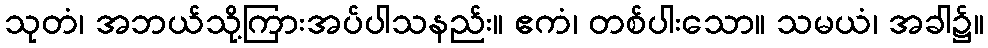
သုတံ၊ အဘယ်သို့ကြားအပ်ပါသနည်း။ ဧကံ၊ တစ်ပါးသော။ သမယံ၊ အခါ၌။